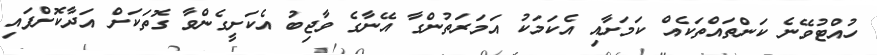
ހުއްޓުވޭނެ ކަންތައްތަކެއް ކަމަށާއި އެކަމަކު އަމަރަތުންގާ އޭނާގެ ވާޖިބު އެކަށީގެންވާ ގޮތަކަށް އަދާކޮށްފައި